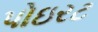
પોઇરટ